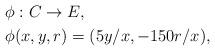
LaTeX: \begin{align*} \phi & : C \rightarrow E,\\ \phi&(x,y,r)=(5y/x,-150r/x),\end{align*}